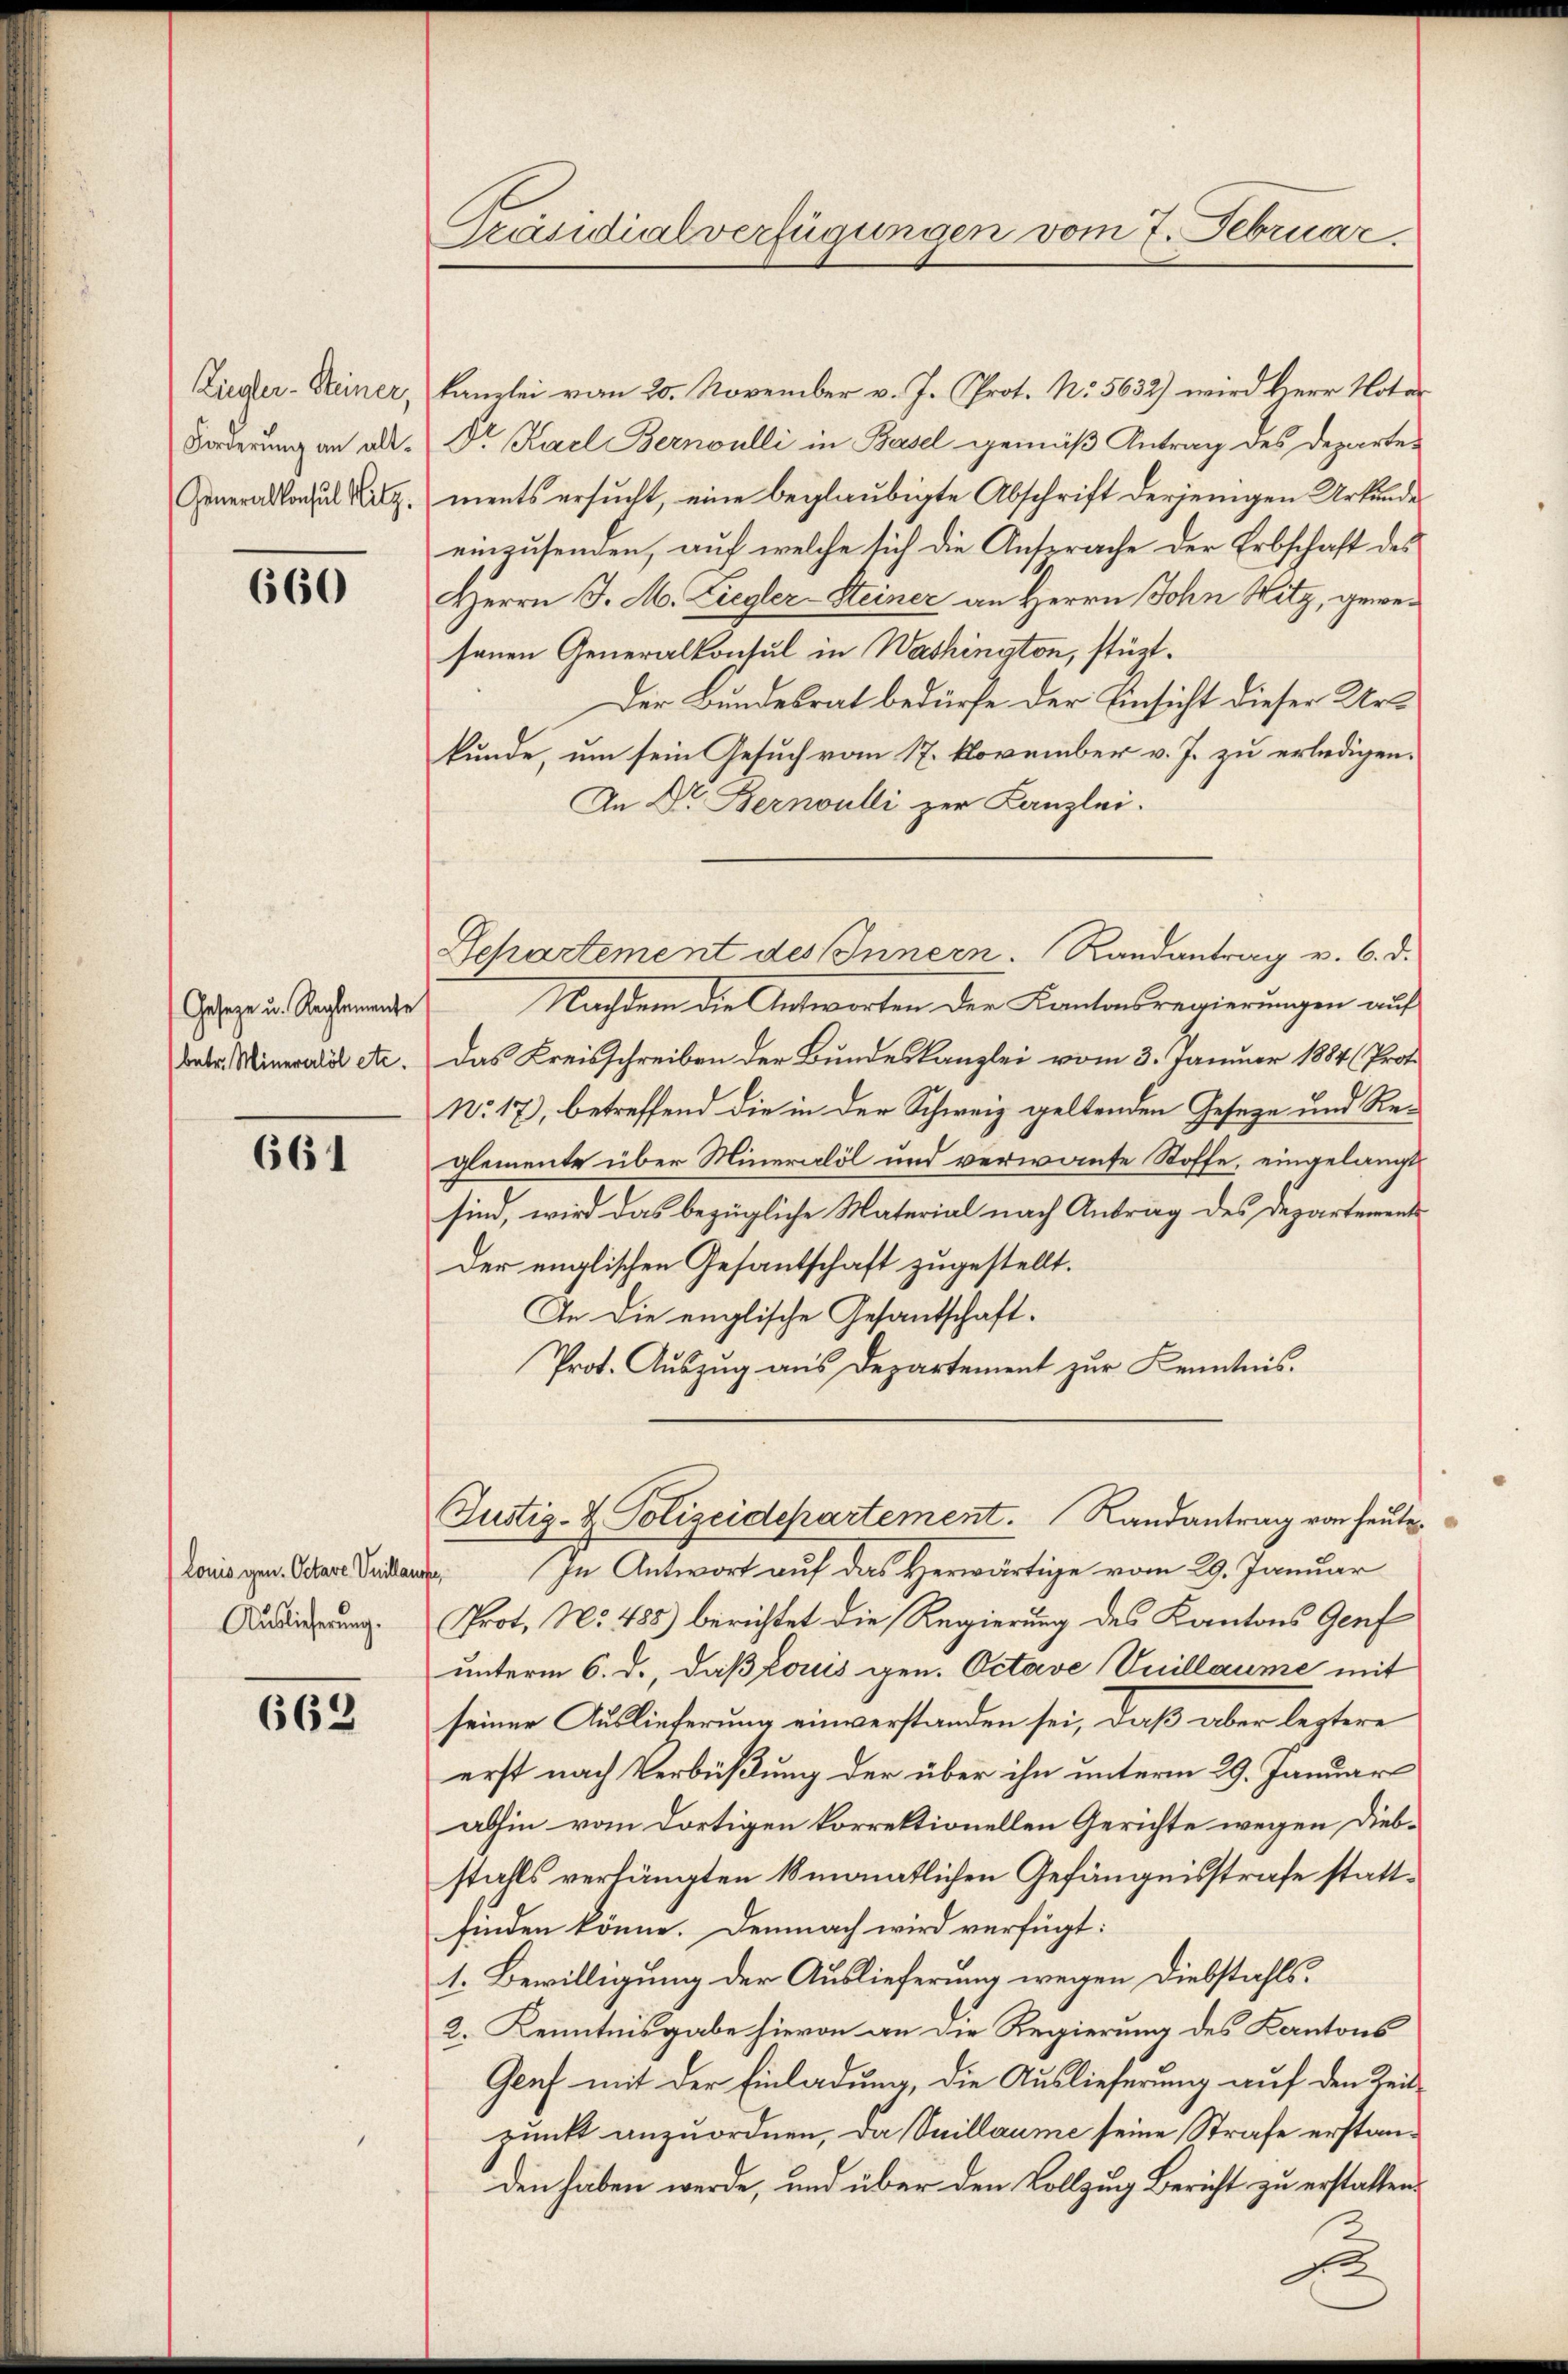
Ziegler-Steiner,
Generalkonsul Hitz.

660

Geseze u. Reglemente
betr. Minerall etc.

661

Lonis gen. Octave Vuillause,
Auslicherung.

662

Präsidialverfügungen vom 7. Februar.

kanzlei von 20. November v. J. Prot. No. 5632) wird Herr Noter
Forderung an all. Dr. Keel Bernoulli in Basel gemäß Antrag des Departe-
ments ersucht, eine beglaubigte Abschrift derjenigen Urkunde
einzusenden, auf welche sich die Ansprache der Erbschaft des
Herrn J. M. Ziegler-Steiner an Herrn John Witz, gewesenen Generalkonsul in Washington, stüzt.
Der Bundesrat bedürfe der Einsicht dieser Urkunde, um sein Gesuch vom 17. November v. J. zu erledigen.
An Dr. Bernoulli zur Kanzlei.
Nachdem die Antworten der Kantonsregierungen auf
das Kreisschreiben der Bundeskanzlei vom 3. Januar 1884 (Prof.
No. 17), betreffend die in der Schweiz geltenden Geseze und Reglemente über Mineralöl und verwante Stoffe, eingelangt
sind, wird das bezügliche Material nach Antrag des Departements
Der englischen Gesantschaft zugestellt.
An die englische Gesantschaft.
Prot. Auszug aus Departement zur Kenntnis.
Justiz- & Polizeidepartement. Randantrag von heute
In Antwort auf das Herwärtige vom 29. Januar
Prot. No. 488) berichtet die Regierung des Kantons Genf
unterm 6. d., daß Louis gen. Octave Vuillaume mit
seiner Auslieferung einverstanden sei, daß aber leztere
erst nach Verbüßung der über ihn unterm 29. Januar
abhin vom dortigen korrektionellen Gerichte wegen Diebstahls verhängten 18 monatlichen Gefängnisstrafe stattfinden könne. Demnach wird verfügt:
1. Bewilligung der Auslieferung wegen Diebstahls.
2. Kenntnisgabe hievon an die Regierung des Kantons
Genf mit der Einladung, die Auslieferung auf den Zeitpunkt anzuordnen, da Suillaume seine Strafe erstanden haben werde, und über den Vollzug Bericht zu erstatten.

Separtement des Innern. Randantrag v. 6. d.